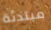
مبتدئة